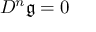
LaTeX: D ^ { n } { \mathfrak { g } } = 0